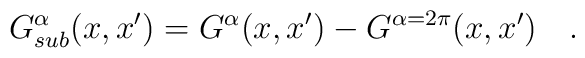
G^{\alpha}_{sub}(x,x')=G^{\alpha}(x,x')-G^{\alpha =2\pi}(x,x')~~~.